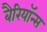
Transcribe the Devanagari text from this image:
बैरियॉन्स